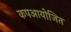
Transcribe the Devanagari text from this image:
कपआयोजित